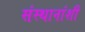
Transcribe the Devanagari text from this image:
संस्थानांशी